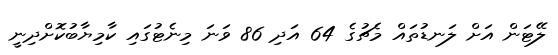
ލޭޓަން އަށް ލަނޑުތައް މެޗުގެ 64 އަދި 86 ވަނަ މިނެޓުގައި ކާމިޔާބުކޮށްދިނީ